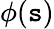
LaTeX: \phi(\mathtt{s})